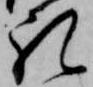
礼